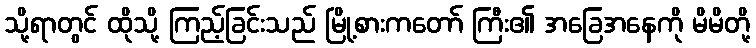
သို့ရာတွင် ထိုသို့ ကြည့်ခြင်းသည် မြို့စားကတော် ကြီး၏ အခြေအနေကို မိမိတို့